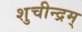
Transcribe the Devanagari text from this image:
शुचीन्द्रम्